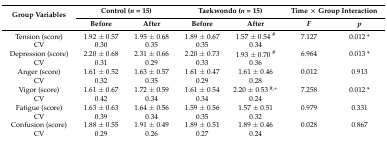
<table><thead><tr><td rowspan="2"><b>Group Variables</b></td><td colspan="2"><b>Control (<i>n</i> = 15)</b></td><td colspan="2"><b>Taekwondo (<i>n</i> = 15)</b></td><td colspan="2"><b>Time × Group Interaction</b></td></tr><tr><td><b>Before</b></td><td><b>After</b></td><td><b>Before</b></td><td><b>After</b></td><td><b><i>F</i></b></td><td><b><i>p</i></b></td></tr></thead><tbody><tr><td>Tension (score)</td><td>1.92 ± 0.57</td><td>1.95 ± 0.68</td><td>1.89 ± 0.67</td><td>1.57 ± 0.54 <sup>#</sup></td><td>7.127</td><td>0.012 *</td></tr><tr><td>CV</td><td>0.30</td><td>0.35</td><td>0.35</td><td>0.34</td><td></td><td></td></tr><tr><td>Depression (score)</td><td>2.20 ± 0.68</td><td>2.31 ± 0.66</td><td>2.20 ± 0.73</td><td>1.93 ± 0.70 <sup>#</sup></td><td>6.964</td><td>0.013 *</td></tr><tr><td>CV</td><td>0.31</td><td>0.29</td><td>0.33</td><td>0.36</td><td></td><td></td></tr><tr><td>Anger (score)</td><td>1.61 ± 0.52</td><td>1.63 ± 0.57</td><td>1.61 ± 0.47</td><td>1.61 ± 0.46</td><td>0.012</td><td>0.913</td></tr><tr><td>CV</td><td>0.32</td><td>0.35</td><td>0.29</td><td>0.28</td><td></td><td></td></tr><tr><td>Vigor (score)</td><td>1.61 ± 0.67</td><td>1.72 ± 0.59</td><td>1.61 ± 0.54</td><td>2.20 ± 0.53 <sup>#,+</sup></td><td>7.258</td><td>0.012 *</td></tr><tr><td>CV</td><td>0.42</td><td>0.34</td><td>0.34</td><td>0.24</td><td></td><td></td></tr><tr><td>Fatigue (score)</td><td>1.63 ± 0.63</td><td>1.64 ± 0.56</td><td>1.59 ± 0.56</td><td>1.57 ± 0.51</td><td>0.979</td><td>0.331</td></tr><tr><td>CV</td><td>0.39</td><td>0.34</td><td>0.35</td><td>0.32</td><td></td><td></td></tr><tr><td>Confusion (score)</td><td>1.88 ± 0.55</td><td>1.91 ± 0.49</td><td>1.89 ± 0.51</td><td>1.89 ± 0.46</td><td>0.028</td><td>0.867</td></tr><tr><td>CV</td><td>0.29</td><td>0.26</td><td>0.27</td><td>0.24</td><td></td><td></td></tr></tbody></table>